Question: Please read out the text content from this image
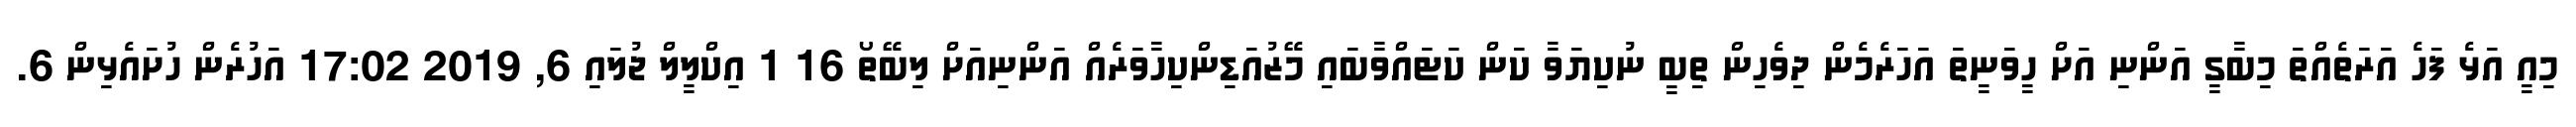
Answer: މިއީ އަޅެ ފަހެ އަރަތެއްތަ މިބާގީ އަންނި އަށް ހީވަނީތަ އަހަރެމެން ދިވެހިން ތިބީ ނުކިޔަވާ ކަން ކަޓައްވާބައި މޭޒުއަޑިންކިހާވަރެއް އަންނިއަށް ލިބޭތޯ 16 1 އިކްލީލް ޖުލައި 6, 2019 17:02 އަހުރެން ހުށައެޅިން 6.